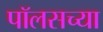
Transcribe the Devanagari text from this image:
पॉलसच्या